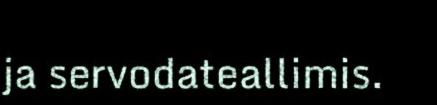
ja servodateallimis.